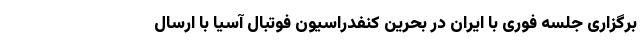
برگزاری جلسه فوری با ایران در بحرین کنفدراسیون فوتبال آسیا با ارسال